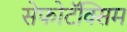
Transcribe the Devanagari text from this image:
सेफोटॅक्सिम